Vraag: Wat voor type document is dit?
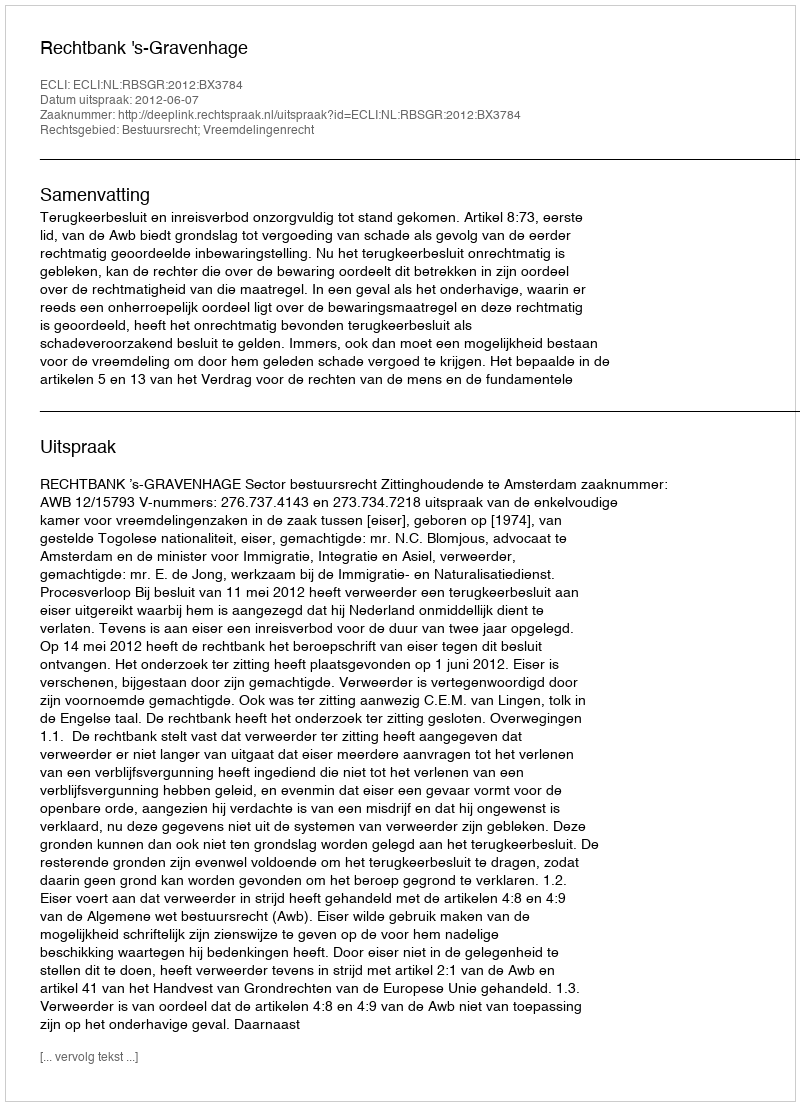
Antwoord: Uitspraak